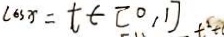
\cos x = t \in [ 0 , 1 ] t ^ { 2 } +